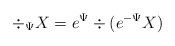
\begin{align*}\div_{\Psi} X = e^{\Psi} \div(e^{-\Psi} X)\end{align*}